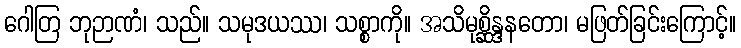
ဂေါတြ ဘုဉာဏံ၊ သည်။ သမုဒယဿ၊ သစ္စာကို။ အသိမုစ္ဆိန္ဒနတော၊ မဖြတ်ခြင်းကြောင့်။